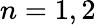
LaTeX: n=1,2